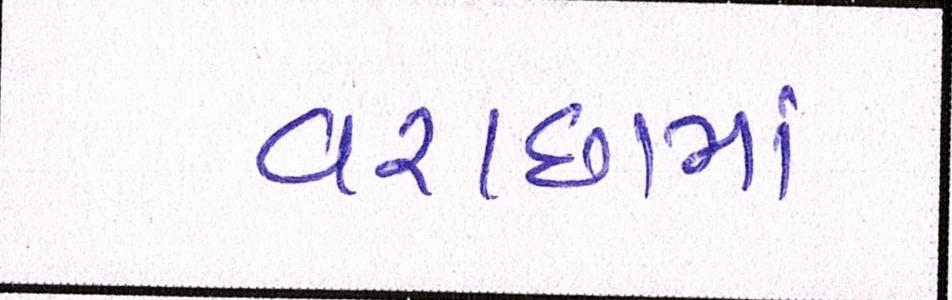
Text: વરાછામાં